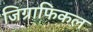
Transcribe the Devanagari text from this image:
जिग्राफिकल